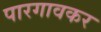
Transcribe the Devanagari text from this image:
पारगावकर